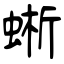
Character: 蜥